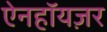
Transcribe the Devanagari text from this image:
ऐनहॉयज़र